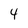
Character: 4